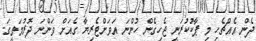
ދެން އެއްޗެހި މި ޕާކުކުރަނީ ޖެހިގެން ހުންނަ އަވަށްޓެރިޔާ ގެއަށް ވަންނަ ދޮރުމަތީގަ.